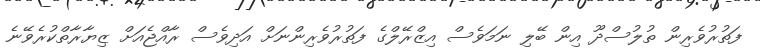
ފަތުރުވެރިން ތުލުސްދޫ އިން ބޭލި ނަމަވެސް އިޒްރޭލްގެ ފަތުރުވެރިންނަށް އަދިވެސް ރާއްޖެއަށް ޒިޔާރާތްކުރެވޭނެ